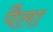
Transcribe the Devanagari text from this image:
पैला